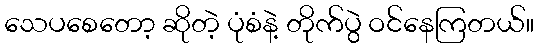
သေပစေတော့ ဆိုတဲ့ ပုံစံနဲ့ တိုက်ပွဲ ဝင်နေကြတယ်။